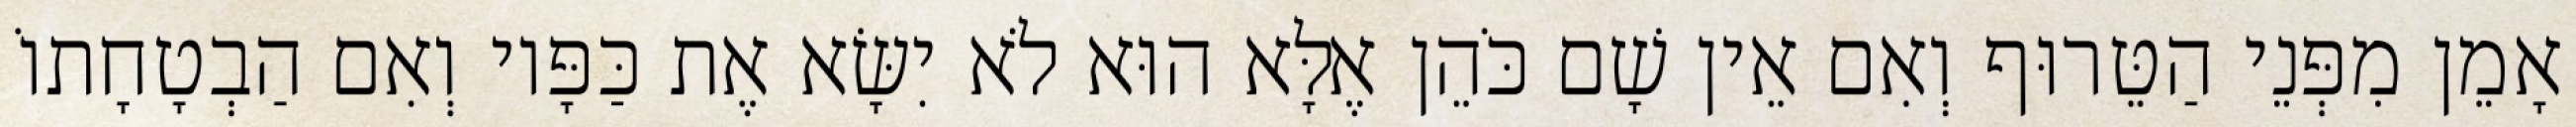
אָמֵן מִפְּנֵי הַטֵּרוּף וְאִם אֵין שָׁם כֹּהֵן אֶלָּא הוּא לֹא יִשָּׂא אֶת כַּפָּיו וְאִם הַבְטָחָתוֹ